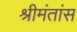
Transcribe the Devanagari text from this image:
श्रीमंतांस